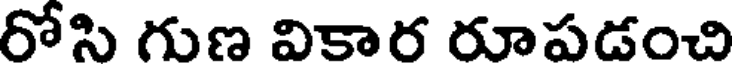
రోసి గుణ వికార రూపడంచి